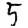
Digit: 5